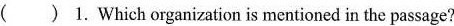
( ) 1. Which organization is mentioned in the passage?